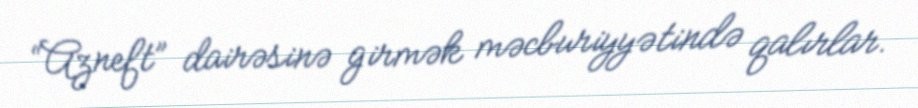
“Azneft” dairəsinə girmək məcburiyyətində qalırlar.